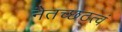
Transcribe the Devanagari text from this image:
नैतच्छठत्वं